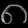
Digit: ၈